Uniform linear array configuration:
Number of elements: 12
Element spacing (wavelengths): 1
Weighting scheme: uniform
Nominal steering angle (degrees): -30
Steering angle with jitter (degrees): -30.002
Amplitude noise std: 0.05
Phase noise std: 0.05

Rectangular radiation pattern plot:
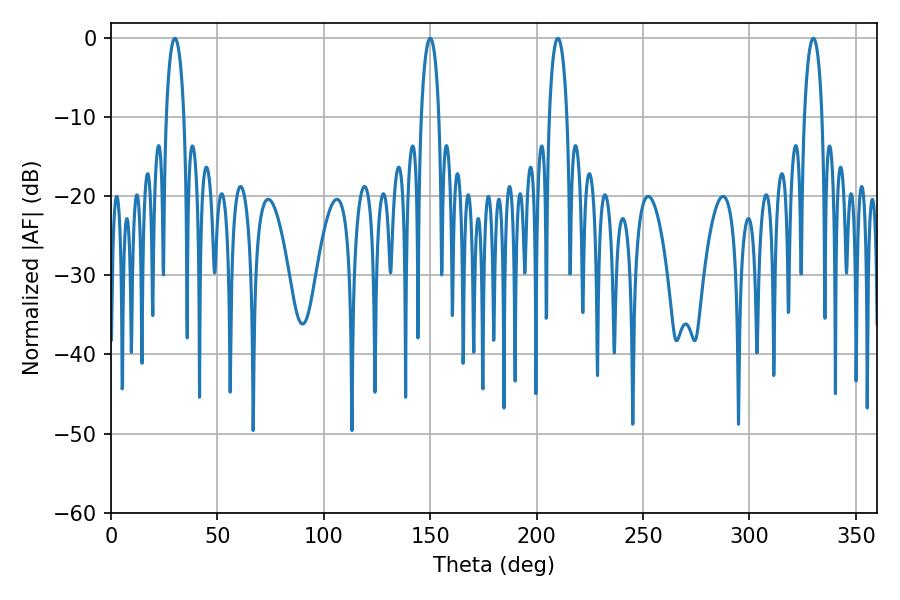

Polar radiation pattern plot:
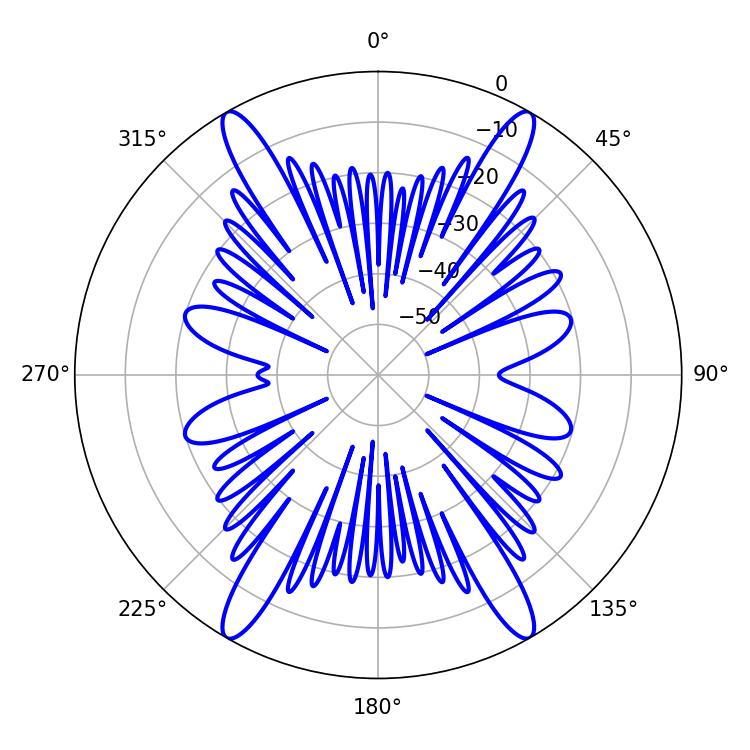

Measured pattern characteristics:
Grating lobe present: TRUE
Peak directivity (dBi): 30.851
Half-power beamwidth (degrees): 4.68
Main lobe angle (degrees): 30.06